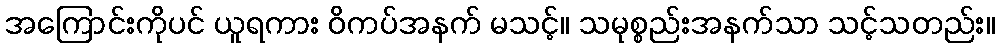
အကြောင်းကိုပင် ယူရကား ဝိကပ်အနက် မသင့်။ သမုစ္စည်းအနက်သာ သင့်သတည်း။